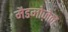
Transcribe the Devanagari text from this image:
मैडमोज़ेल